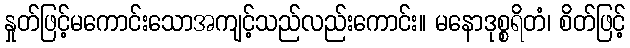
နှုတ်ဖြင့်မကောင်းသောအကျင့်သည်လည်းကောင်း။ မနောဒုစ္စရိတံ၊ စိတ်ဖြင့်